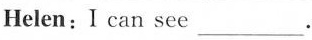
Helen:I can see ___.